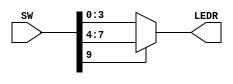
module mux_2_to_1_4bit (SW, LEDR);
	input [9:0]SW;
	output [3:0]LEDR;
	assign LEDR[3:0] = SW[9]? SW[8:4] : SW[3:0];
endmodule